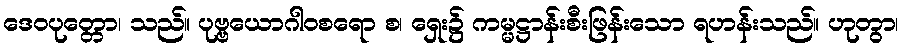
ဒေဝပုတ္တော၊ သည်။ ပုဗ္ဗယောဂါဝစရော စ၊ ရှေး၌ ကမ္မဋ္ဌာန်းစီးဖြန်းသော ရဟန်းသည်။ ဟုတွာ၊